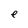
Character: e